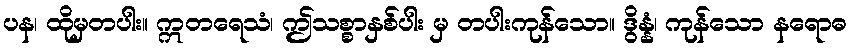
ပန၊ ထိုမှတပါး။ ဣတရေသံ၊ ဤသစ္စာနှစ်ပါး မှ တပါးကုန်သော။ ဒွိန္နံ၊ ကုန်သော နရောဓ